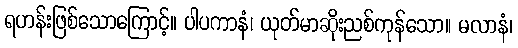
ရဟန်းဖြစ်သောကြောင့်။ ပါပကာနံ၊ ယုတ်မာဆိုးညစ်ကုန်သော။ မလာနံ၊